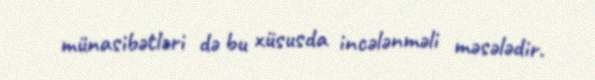
münasibətləri də bu xüsusda incələnməli məsələdir.